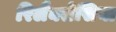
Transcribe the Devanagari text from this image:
रिलैक्सेसिया